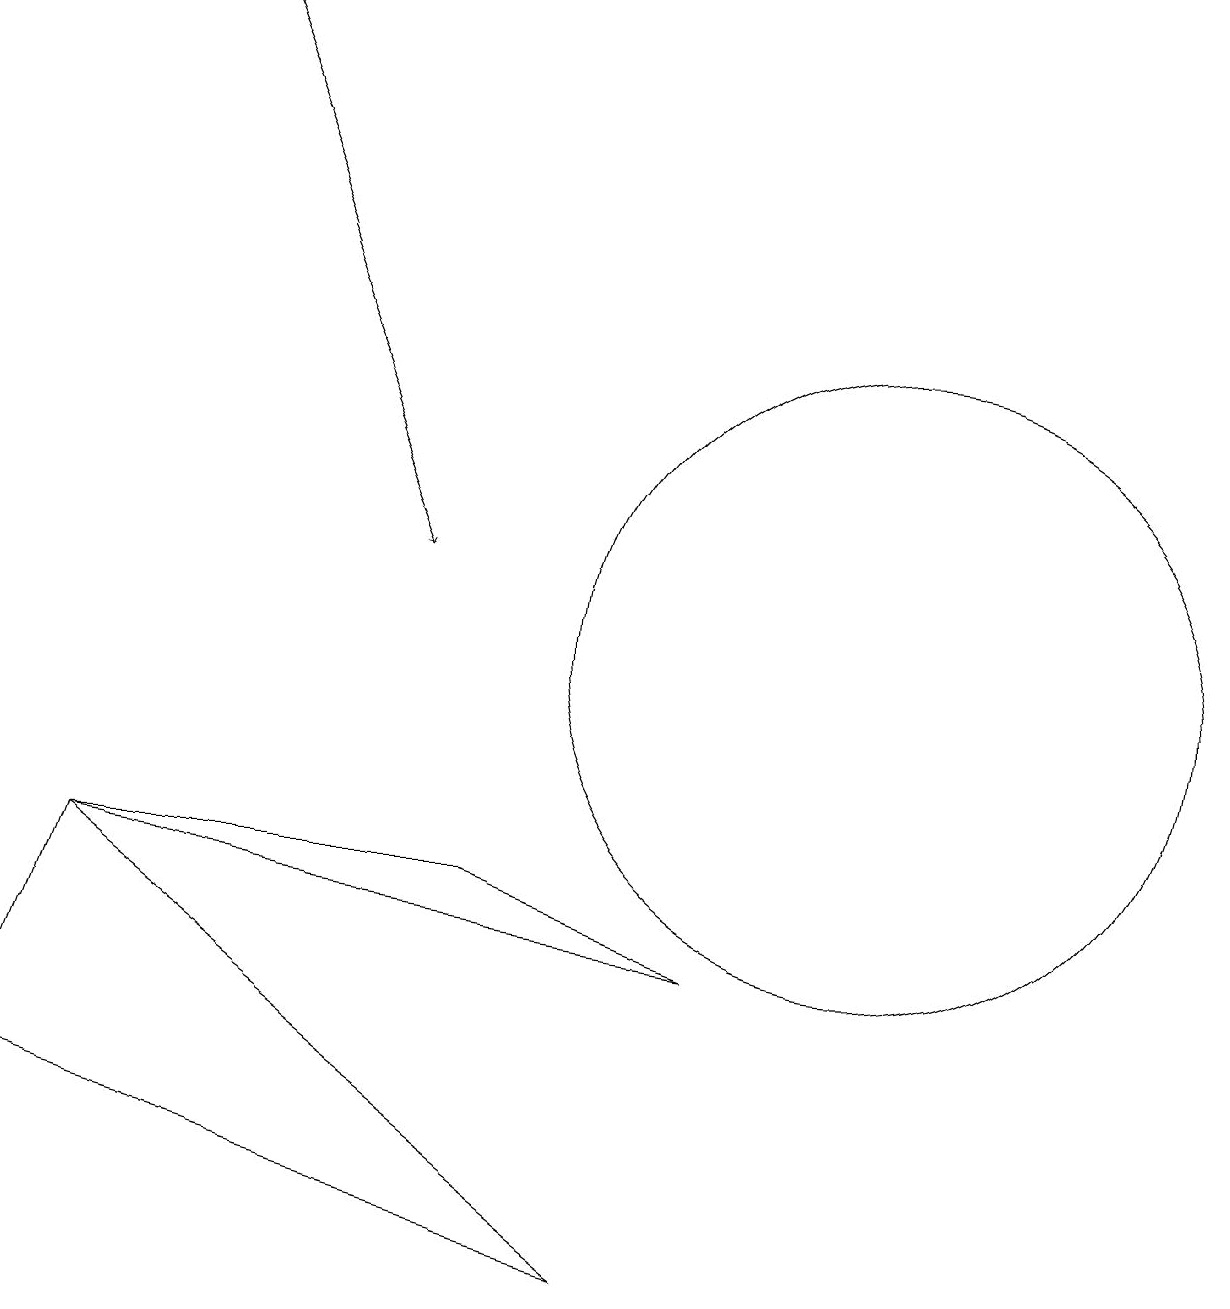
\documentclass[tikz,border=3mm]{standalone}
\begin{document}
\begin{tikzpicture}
\draw (9,7) -- (6,8) -- (1,8) -- cycle;
\draw (8,3) -- (0,5) -- (1,8) -- cycle;
\draw (11,11) circle (4);
\draw[->] (2,19) -- (5,12);
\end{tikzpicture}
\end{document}